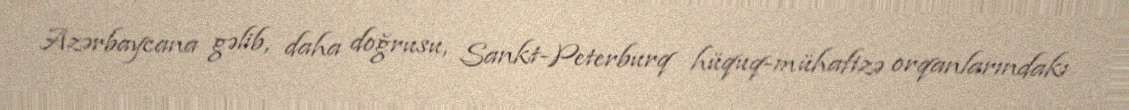
Azərbaycana gəlib, daha doğrusu, Sankt-Peterburq hüquq-mühafizə orqanlarındakı